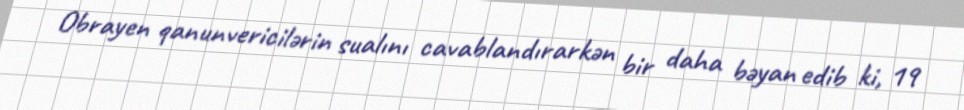
Obrayen qanunvericilərin sualını cavablandırarkən bir daha bəyan edib ki, 19